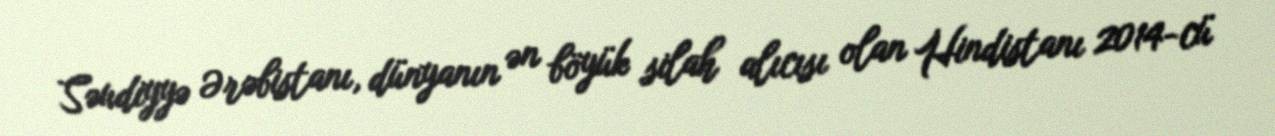
Səudiyyə Ərəbistanı, dünyanın ən böyük silah alıcısı olan Hindistanı 2014-cü